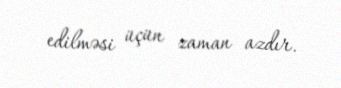
edilməsi üçün zaman azdır.